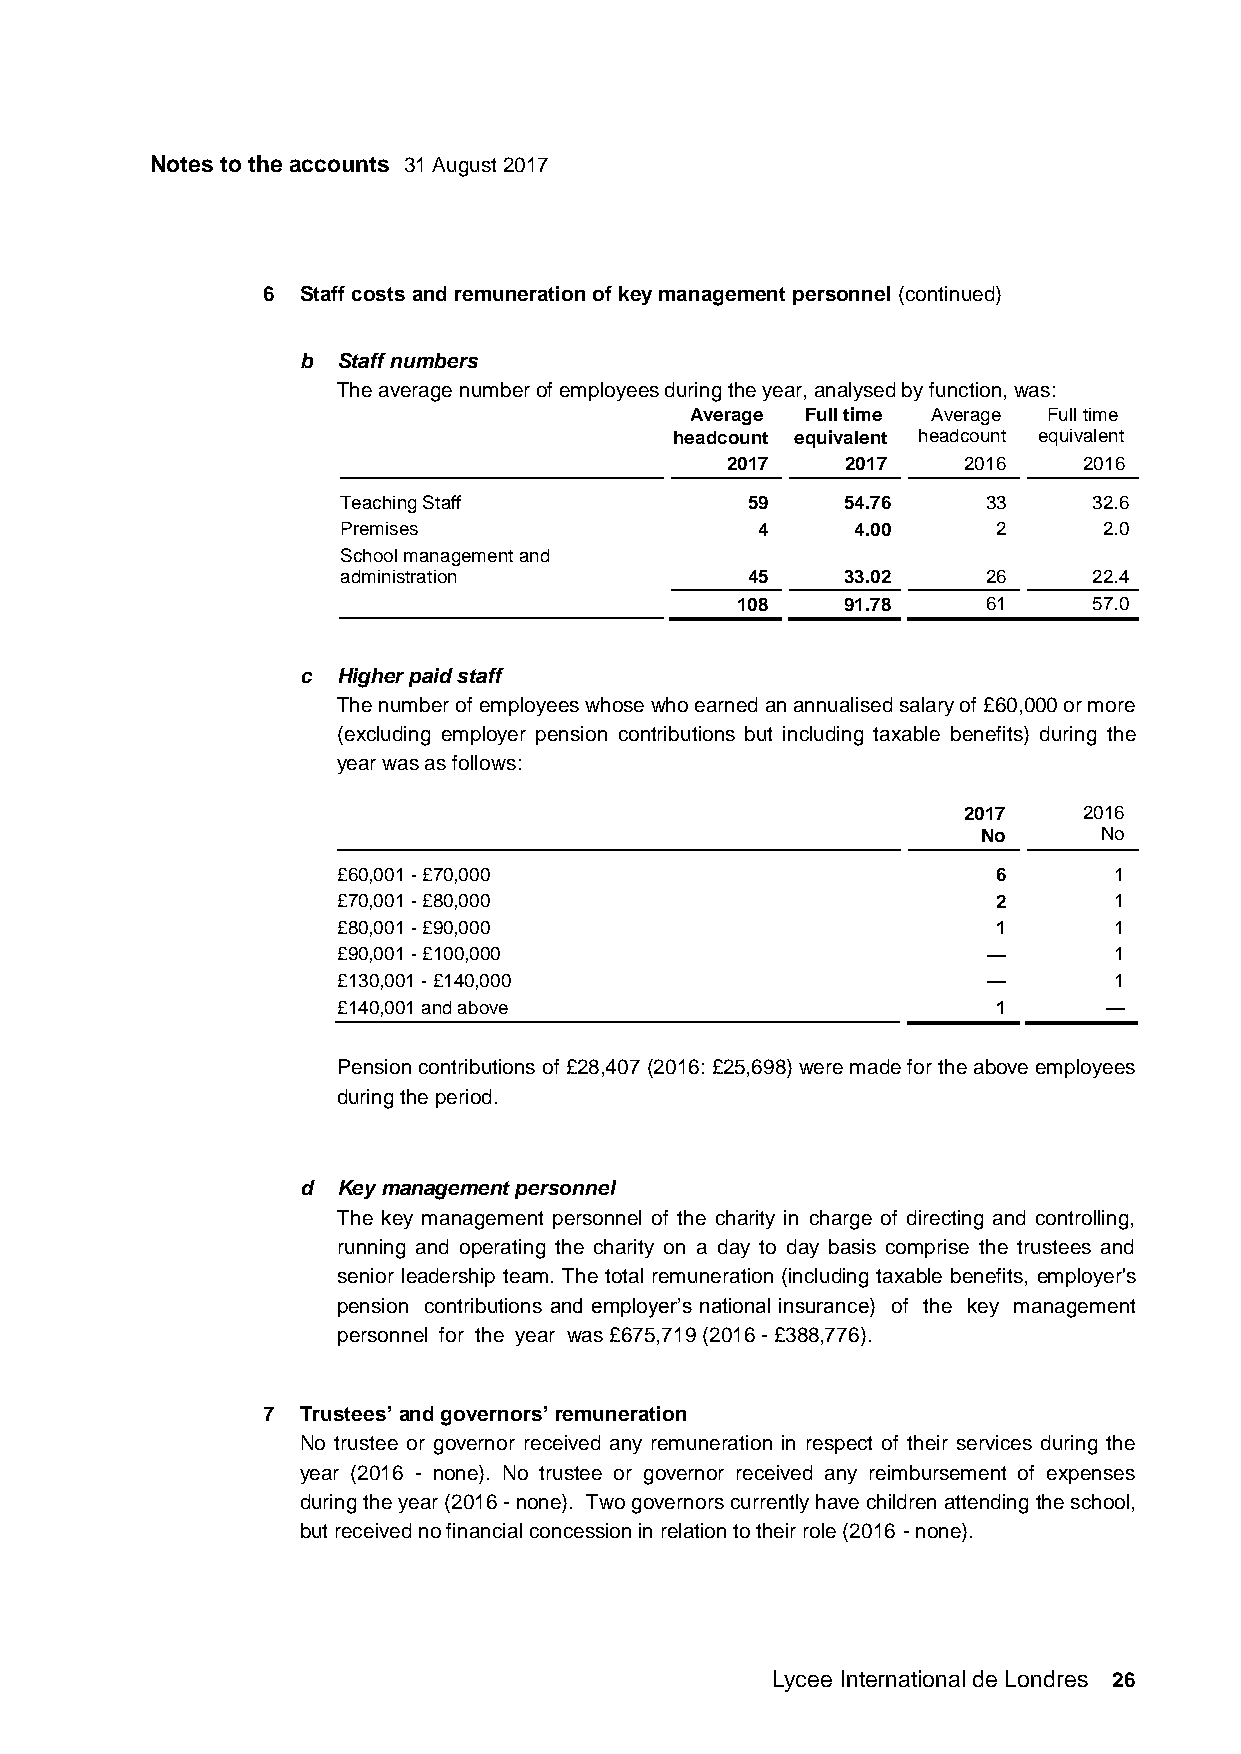
Notes to the accounts 31 August 2017
 6  Staff costs and remuneration of key management personnel (continued)
 b Staff numbers
 The average number of employees during the year, analysed by function, was:
 Average Full time Average Full time
 headcount equivalent headcount equivalent
 2017    2017    2016    2016
 Teaching Staff            59     54.76    33     32.6
 Premises                   4      4.00     2      2.0
 School management and
 administration            45     33.02    26     22.4
 108    91.78    61     57.0
 c Higher paid staff
 The number of employees whose who earned an annualised salary of £60,000 or more
 (excluding employer pension contributions but including taxable benefits) during the
 year was as follows:
 2017    2016
 No      No
 £60,001 - £70,000                           6       1
 £70,001 - £80,000                           2       1
 £80,001 - £90,000                           1       1
 £90,001 - £100,000                         —        1
 £130,001 - £140,000                        —        1
 £140,001 and above                          1      —
 Pension contributions of £28,407 (2016: £25,698) were made for the above employees
 during the period.
 d Key management personnel
 The key management personnel of the charity in charge of directing and controlling,
 running and operating the charity on a day to day basis comprise the trustees and
 senior leadership team. The total remuneration (including taxable benefits, employer's
 pension contributions and employer’s national insurance) of the key management
 personnel for the year was £675,719 (2016 - £388,776).
 7  Trustees’ and governors’ remuneration
 No trustee or governor received any remuneration in respect of their services during the
 year (2016 - none). No trustee or governor received any reimbursement of expenses
 during the year (2016 - none). Two governors currently have children attending the school,
 but received no financial concession in relation to their role (2016 - none).
 Lycee International de Londres 26